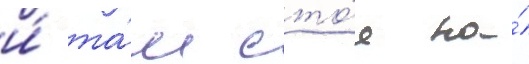
и́ та́м сто́я на́